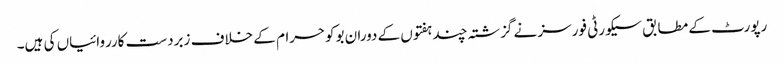
رپورٹ کے مطابق سیکورٹی فورسز نے گزشتہ چند ہفتوں کے دوران بوکوحرام کے خلاف زبردست کارروائیاں کی ہیں۔